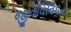
જીવવિવિધતા